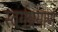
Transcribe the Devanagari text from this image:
स्वर्गप्रयाण